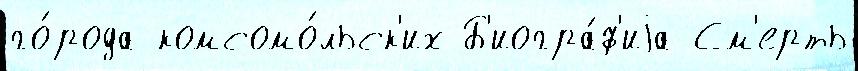
го́рода комсомо́льск'их Б'иогра́ф'иjа См'ерть